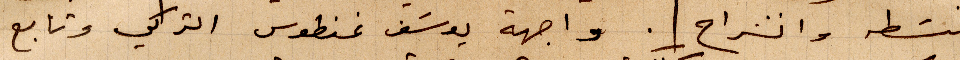
ببسطه وانشراح. واجهة يوسف غنطوس التركي وتابع